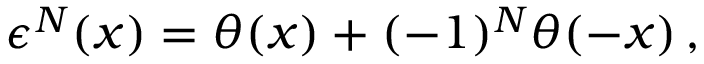
\epsilon ^ { N } ( x ) = \theta ( x ) + ( - 1 ) ^ { N } \theta ( - x ) \, ,